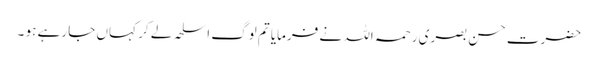
حضرت حسن بصری رحمہ اللہ نے فرمایا تم لوگ اسلحہ لے کر کہاں جا رہے ہو ۔